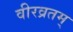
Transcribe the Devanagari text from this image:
वीरव्रतम्‌